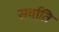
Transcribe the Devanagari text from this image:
सर्वाति